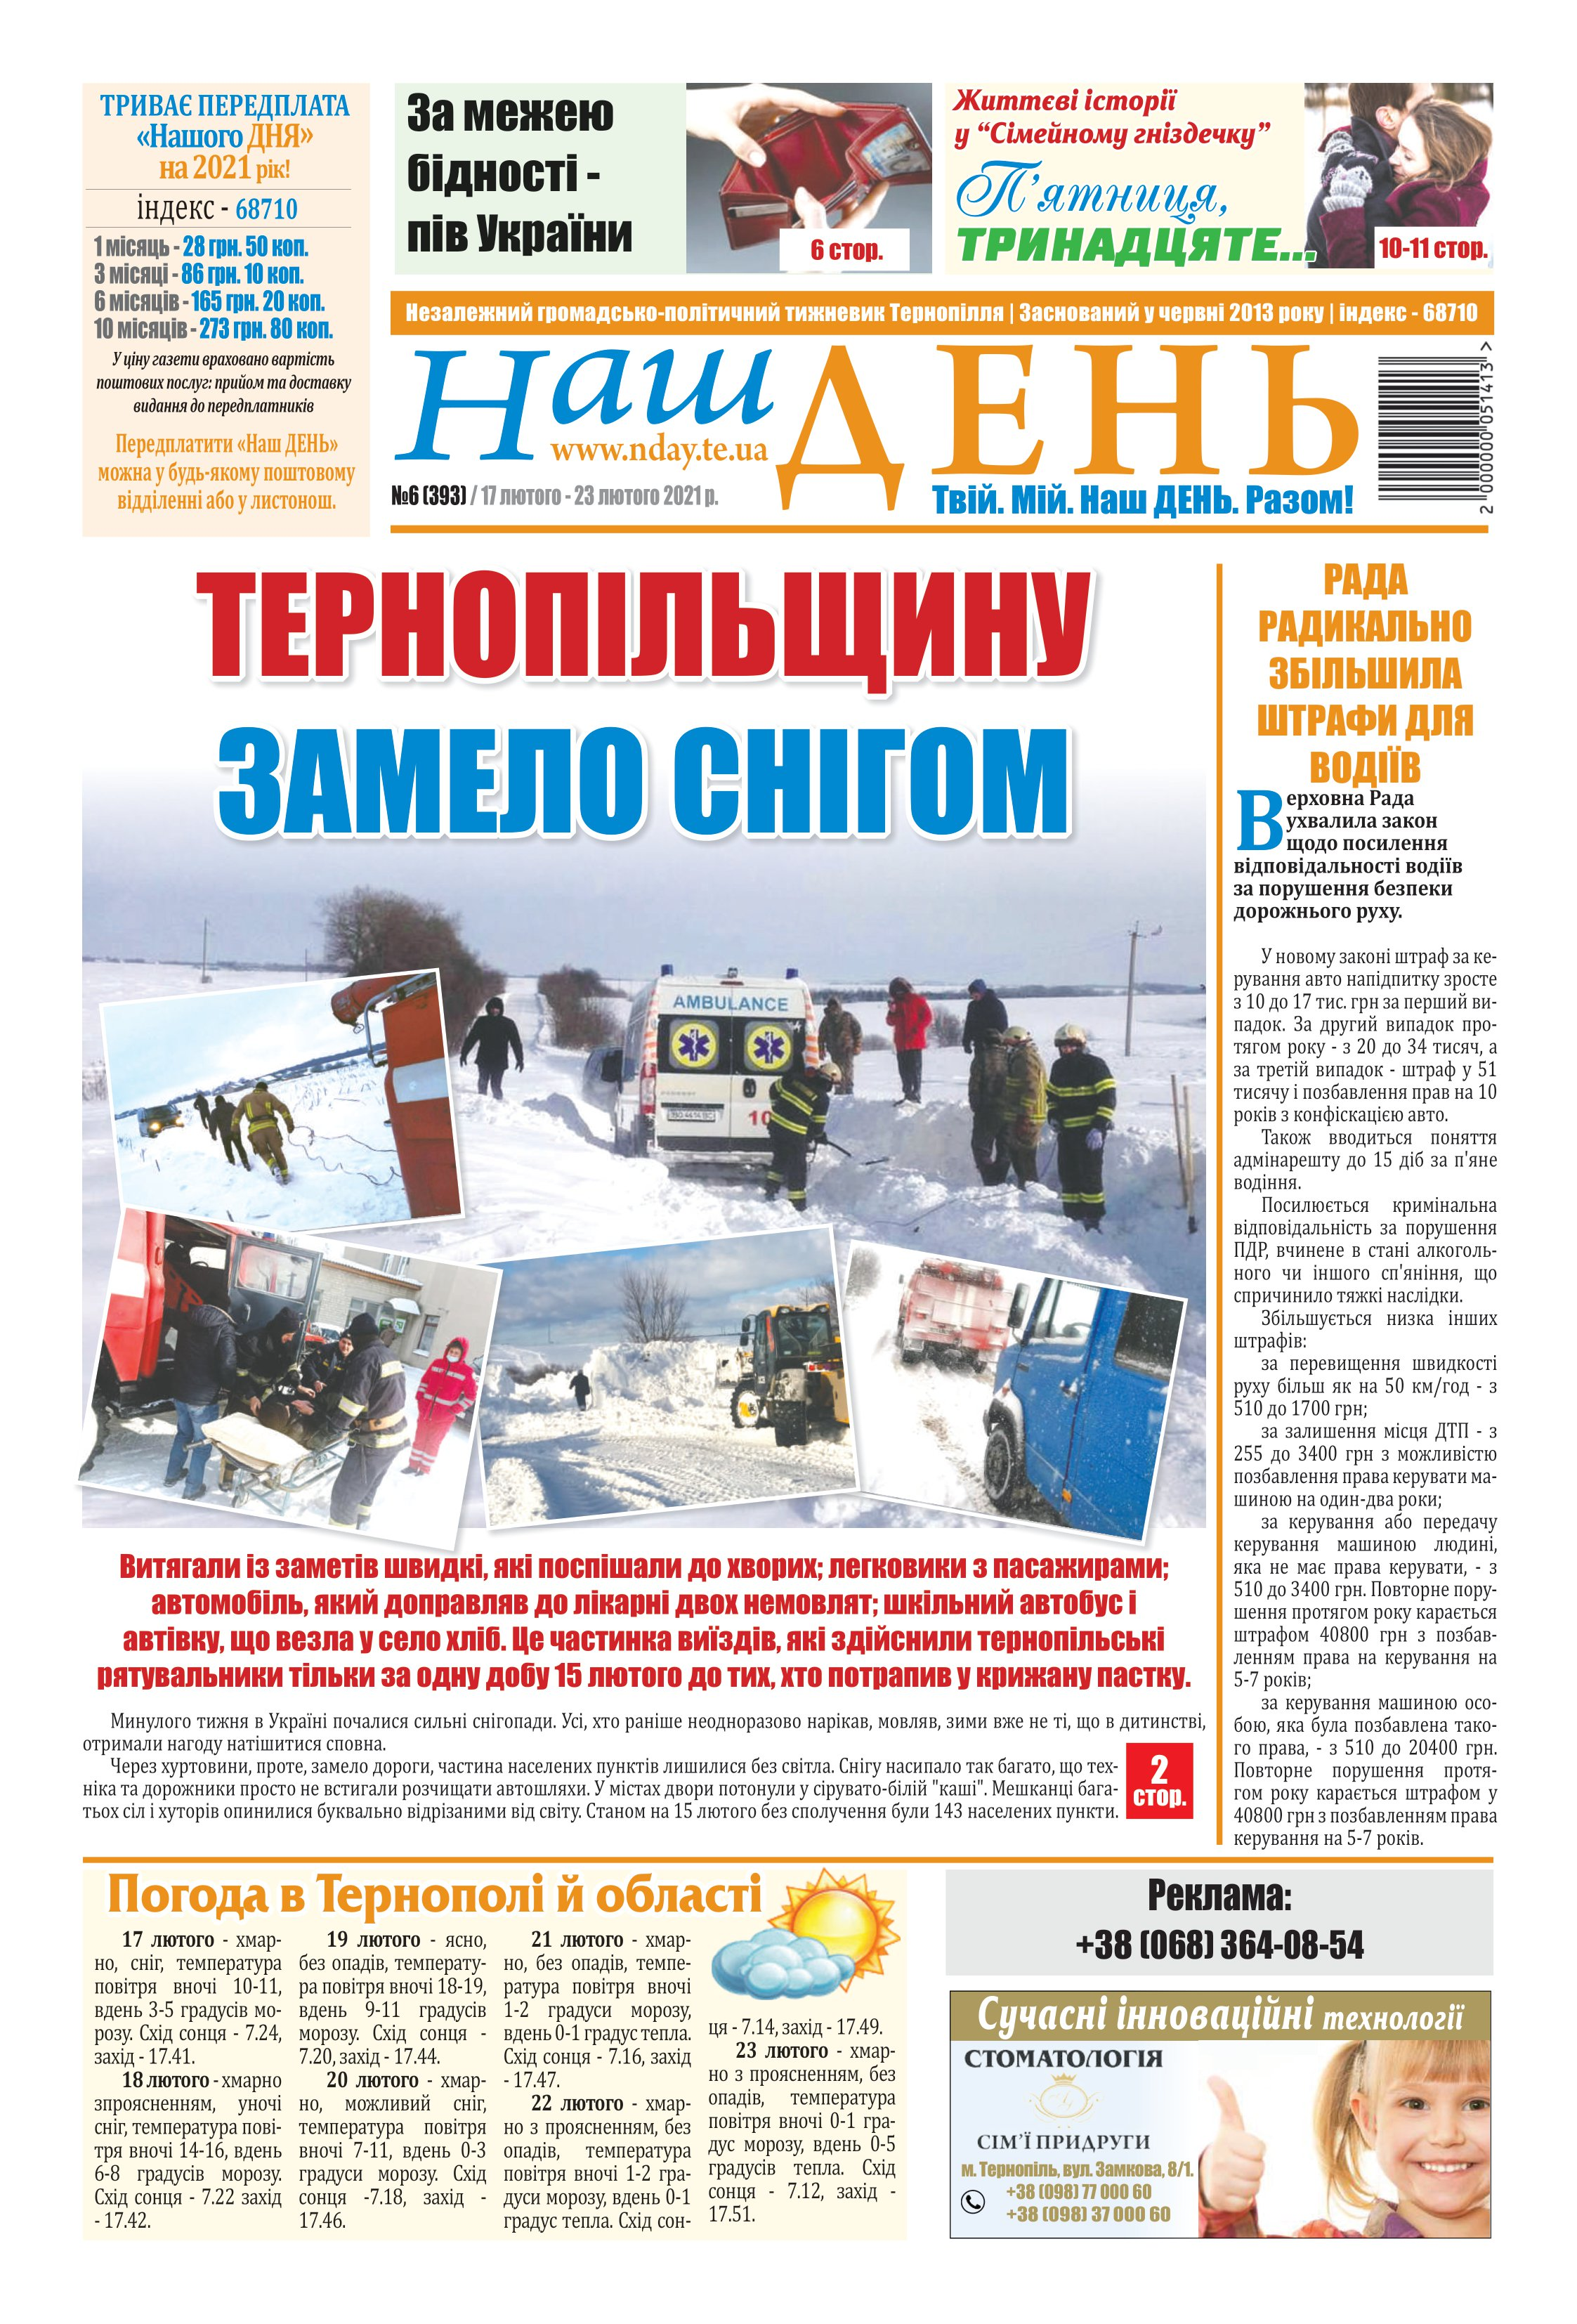
Language: uk